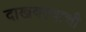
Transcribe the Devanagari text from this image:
दाखवल्याची